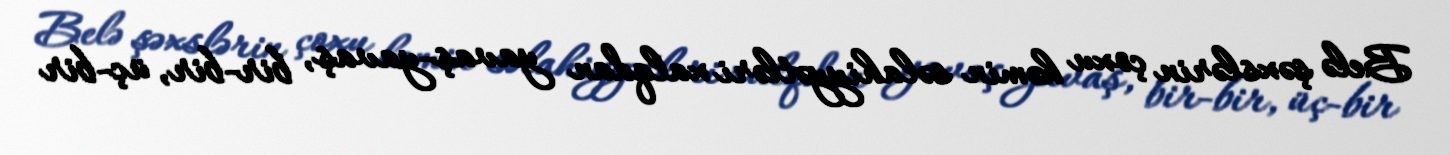
Belə şəxslərin çoxu həmin səlahiyyətləri xalqdan yavaş-yavaş, bir-bir, üç-bir